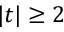
| t | \geq 2